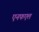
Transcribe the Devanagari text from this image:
एनफएल